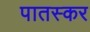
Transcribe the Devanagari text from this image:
पातस्कर